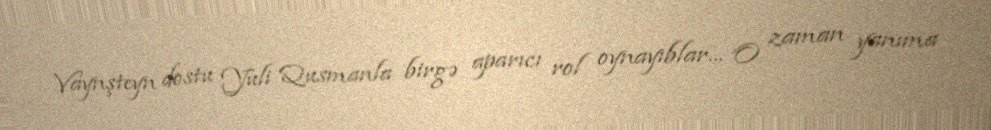
Vaynşteyn dostu Yuli Qusmanla birgə aparıcı rol oynayıblar... O zaman yanıma